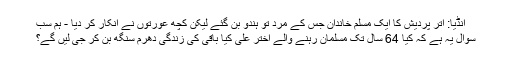
انڈیا: اتر پردیش کا ایک مسلم خاندان جس کے مرد تو ہندو بن گئے لیکن کچھ عورتوں نے انکار کر دیا - ہم سب
سوال یہ ہے کہ کیا 64 سال تک مسلمان رہنے والے اختر علی کیا باقی کی زندگی دھرم سنگھ بن کر جی لیں گے؟